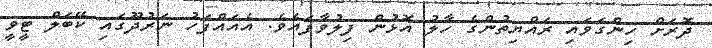
ދޮރަށް ހިންގަވައި ރައްޔިތުންގެ ހާލު އޮޅުން ފިލުވާފައެވެ. އެއައްފަހު ނަރުދޫގައި ކޭބަލް ޓީވީ